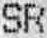
SR